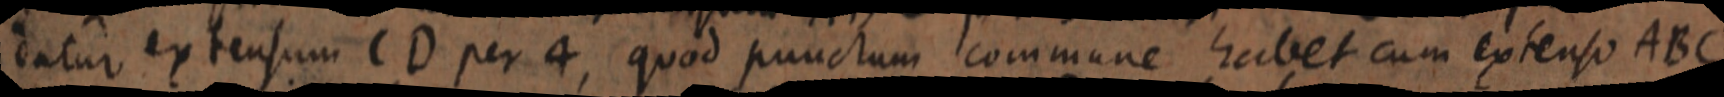
datur extensum CD per 4, quod punctum commune habet cum extenso ABC